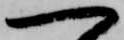
一